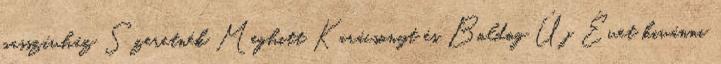
passzívház Szeretnék Meghitt Karácsonyt és Boldog Új Évet kivánni